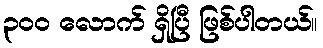
၃ဝဝ လောက် ရှိပြီ ဖြစ်ပါတယ်။